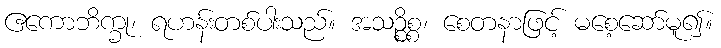
ဧကောဘိက္ခု၊ ရဟန်းတစ်ပါးသည်။ အသဉ္စိစ္စ၊ စေတနာဖြင့် မစေ့ဆော်မူ၍။